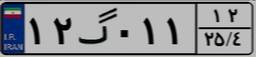
۶۴گ۴۳۸۳۴